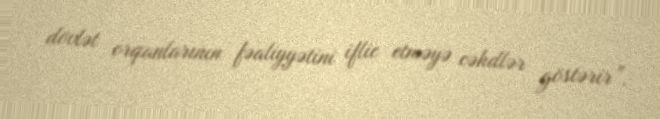
dövlət orqanlarının fəaliyyətini iflic etməyə cəhdlər göstərir”.